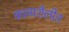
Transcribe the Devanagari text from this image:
काव्यशैलीत